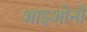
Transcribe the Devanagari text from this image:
आइओनो